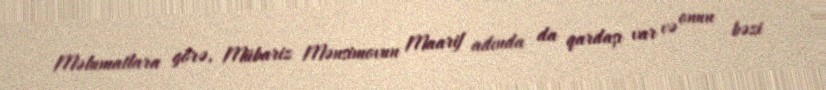
Məlumatlara görə, Mübariz Mənsimovun Maarif adında da qardaşı var və onun bəzi